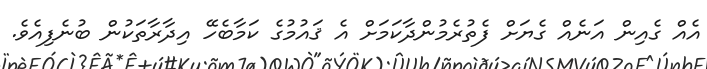
އެއް ގެއިން އަނެއް ގެޔަށް ފެތުރެމުންދާކަމަށް އެ ޤައުމުގެ ކަމާބެހޭ އިދާރާތަކުން ބުނެފިއެވެ.